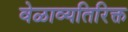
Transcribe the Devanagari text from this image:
वेळाव्यतिरिक्त